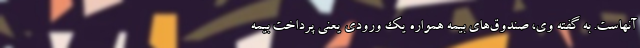
آنهاست. به گفته وی، صندوق‌های بیمه همواره یک ورودی یعنی پرداخت بیمه